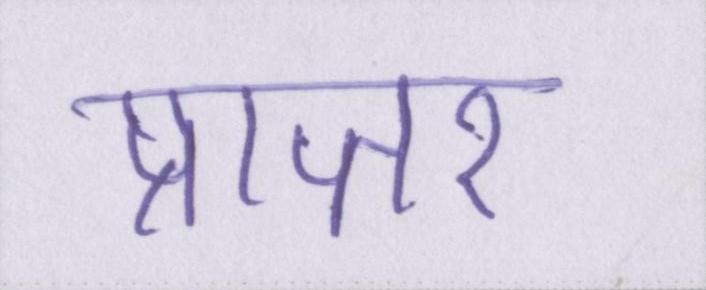
प्राप्तर